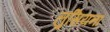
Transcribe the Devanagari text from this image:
लुसियना